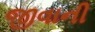
જીવાની